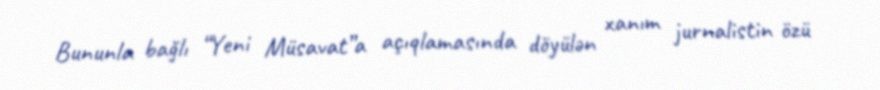
Bununla bağlı “Yeni Müsavat”a açıqlamasında döyülən xanım jurnalistin özü